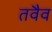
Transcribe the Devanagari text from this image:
तवैव